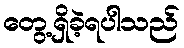
တွေ့ရှိခဲ့ရပါသည်